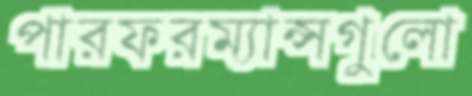
পারফরম্যান্সগুলো